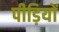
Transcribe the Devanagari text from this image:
पीड़ियों